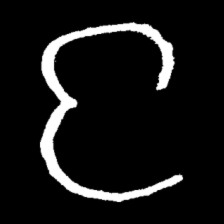
Pyu character \u2014 Myanmar letter: င (romanized: nga)